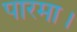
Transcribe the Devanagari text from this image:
पारमा।